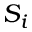
S _ { i }